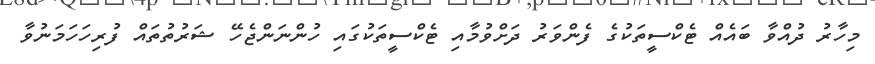
މިހާރު ދުއްވާ ބައެއް ޓެކްސީތަކުގެ ފެންވަރު ދަށްވުމާއި ޓެކްސީތަކުގައި ހުންނަންޖެހޭ ޝަރުތުތައް ފުރިހަހަމަނުވާ